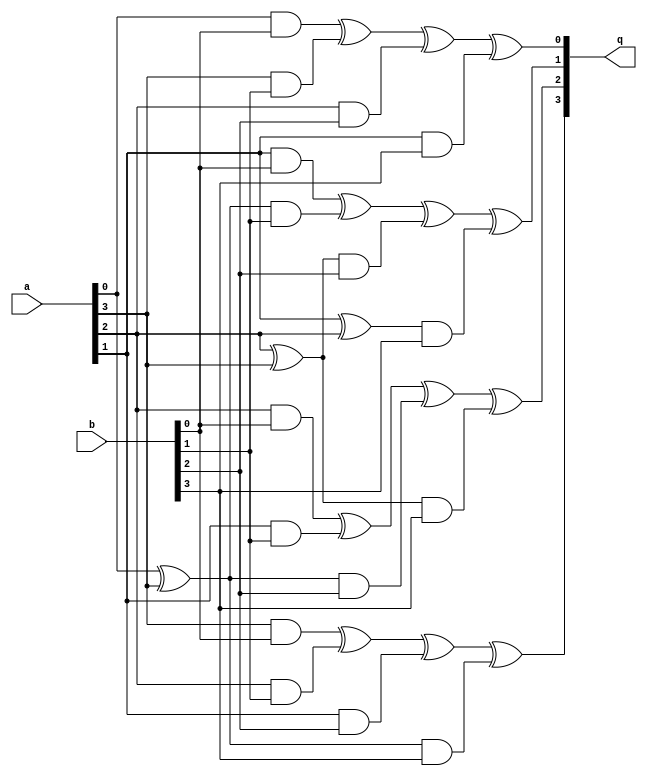
module mul_gf24(
	input [3:0] a
	,input [3:0] b
	,output reg [3:0] q
);
	reg aA;
	reg aB;
	always @(*)begin
		aA=a[0]^a[3];
		aB=a[2]^a[3];
		q[0]=(a[0]&b[0])^(a[3]&b[1])^(a[2]&b[2])^(a[1]&b[3]);
		q[1]=(a[1]&b[0])^(aA&b[1])^(aB&b[2])^((a[1]^a[2])&b[3]);
		q[2]=(a[2]&b[0])^(a[1]&b[1])^(aA&b[2])^(aB&b[3]);
		q[3]=(a[3]&b[0])^(a[2]&b[1])^(a[1]&b[2])^(aA&b[3]);
	end
endmodule